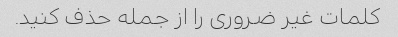
کلمات غیر ضروری را از جمله حذف کنید.